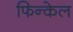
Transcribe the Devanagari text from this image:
फिन्केल